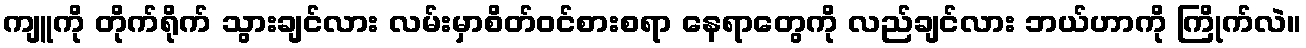
ကျူကို တိုက်ရိုက် သွားချင်လား လမ်းမှာစိတ်ဝင်စားစရာ နေရာတွေကို လည်ချင်လား ဘယ်ဟာကို ကြိုက်လဲ။